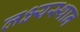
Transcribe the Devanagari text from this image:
लक्ष्यस्थान